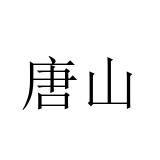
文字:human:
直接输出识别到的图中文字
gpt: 唐山